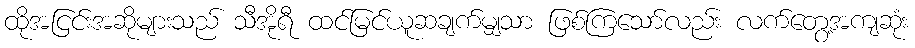
ထိုအငြင်းအဆိုများသည် သီအိုရီ ထင်မြင်ယူဆချက်မျှသာ ဖြစ်ကြသော်လည်း လက်တွေ့အကျဆုံး